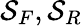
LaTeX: \mathcal{S}_{F},\mathcal{S}_{R}